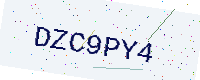
Text: DZC9PY4